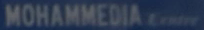
MOHAMMEDIA Centre